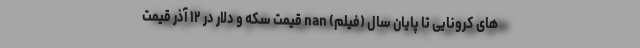
های کرونایی تا پایان سال (فیلم) nan قیمت سکه و دلار در ۱۲ آذر قیمت